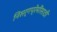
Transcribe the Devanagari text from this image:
निसर्गप्रेमींसाठी